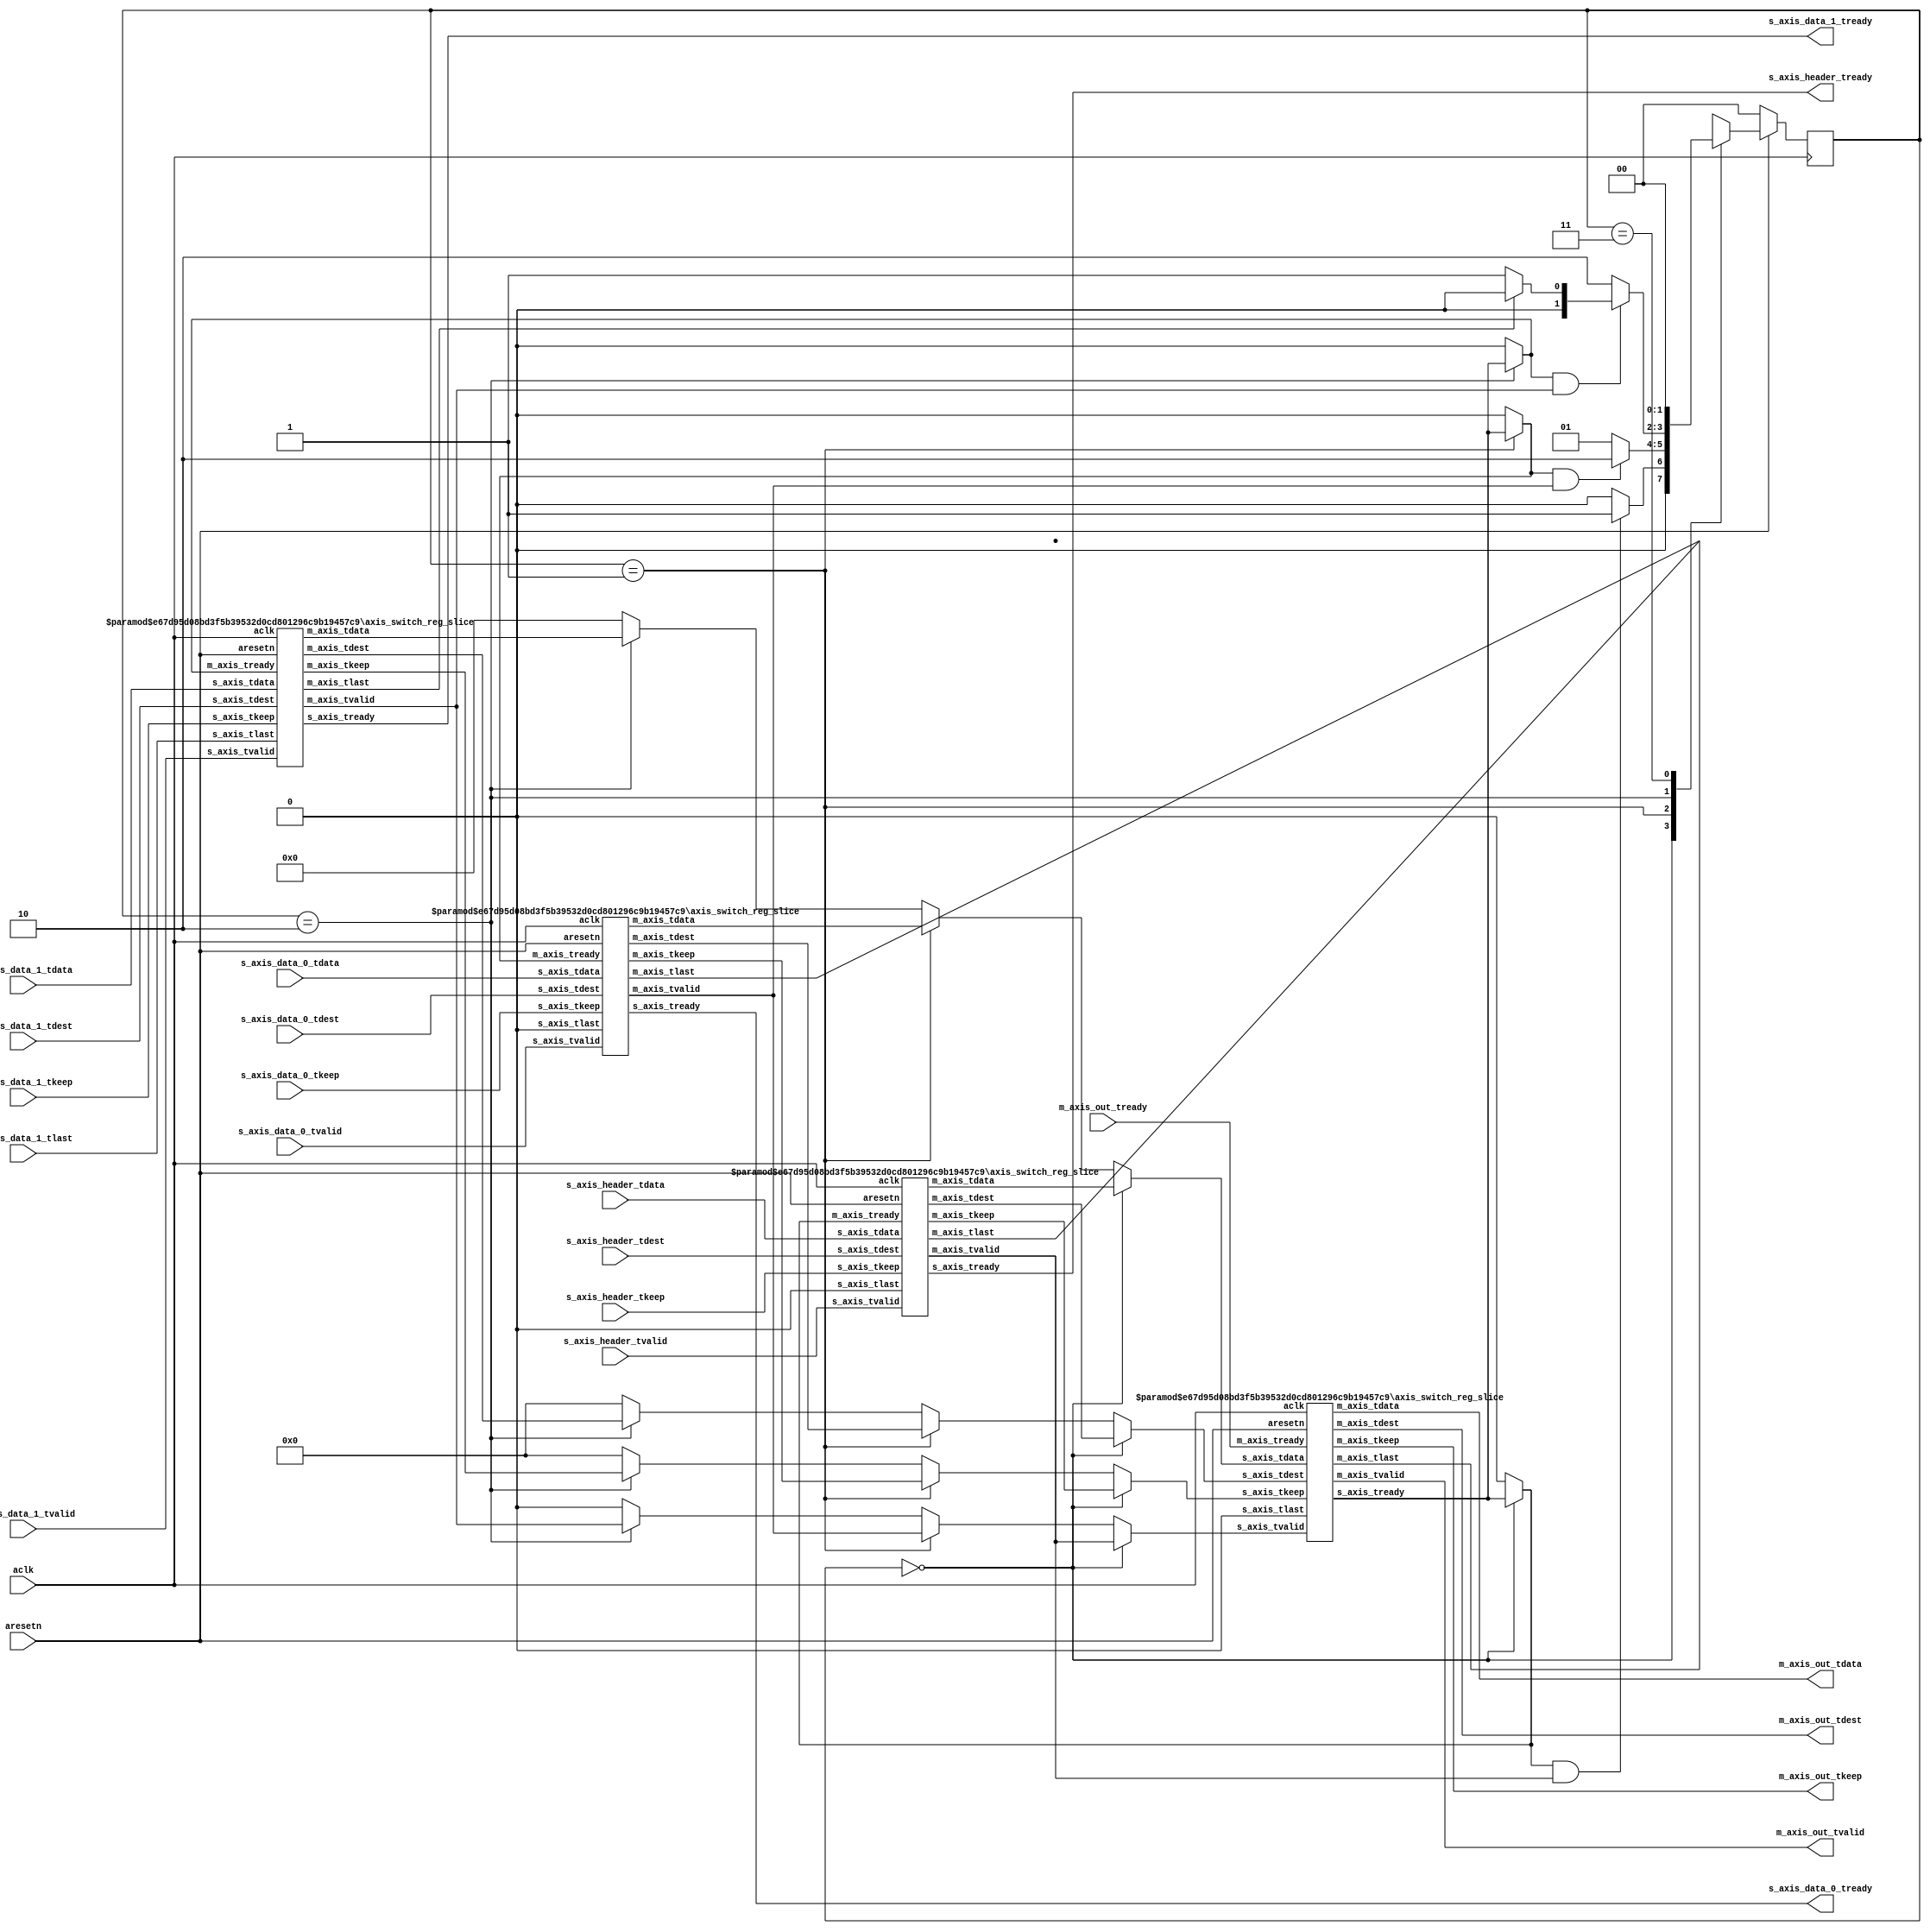
`timescale 1ns/1ps

module axis_switch #
(
  parameter DATA_WIDTH = 256,
  parameter DEST_WIDTH = 32
)
(
  input                      aclk,
  input                      aresetn,

  /*
   * AXIS Header input
   */
  input  [DATA_WIDTH  -1:0]  s_axis_header_tdata,
  input  [DATA_WIDTH/8-1:0]  s_axis_header_tkeep,
  input  [DEST_WIDTH  -1:0]  s_axis_header_tdest,
  input                      s_axis_header_tvalid,
  output                     s_axis_header_tready,

  /*
   * AXIS Data_0 input
   */
  input  [DATA_WIDTH  -1:0]  s_axis_data_0_tdata,
  input  [DATA_WIDTH/8-1:0]  s_axis_data_0_tkeep,
  input  [DEST_WIDTH  -1:0]  s_axis_data_0_tdest,
  input                      s_axis_data_0_tvalid,
  output                     s_axis_data_0_tready,

  /*
   * AXIS Data_1 input
   */
  input  [DATA_WIDTH  -1:0]  s_axis_data_1_tdata,
  input  [DATA_WIDTH/8-1:0]  s_axis_data_1_tkeep,
  input  [DEST_WIDTH  -1:0]  s_axis_data_1_tdest,
  input                      s_axis_data_1_tlast,
  input                      s_axis_data_1_tvalid,
  output                     s_axis_data_1_tready,

  /*
   * AXIS output
   */
  output [DATA_WIDTH  -1:0]  m_axis_out_tdata,
  output [DATA_WIDTH/8-1:0]  m_axis_out_tkeep,
  output [DEST_WIDTH  -1:0]  m_axis_out_tdest,
  output                     m_axis_out_tvalid,
  input                      m_axis_out_tready
);

wire [DATA_WIDTH  -1:0]  s_axis_header_tdata_int;
wire [DATA_WIDTH/8-1:0]  s_axis_header_tkeep_int;
wire [DEST_WIDTH  -1:0]  s_axis_header_tdest_int;
wire                     s_axis_header_tvalid_int;
wire                     s_axis_header_tready_int;

wire [DATA_WIDTH  -1:0]  s_axis_data_0_tdata_int;
wire [DATA_WIDTH/8-1:0]  s_axis_data_0_tkeep_int;
wire [DEST_WIDTH  -1:0]  s_axis_data_0_tdest_int;
wire                     s_axis_data_0_tvalid_int;
wire                     s_axis_data_0_tready_int;

wire [DATA_WIDTH  -1:0]  s_axis_data_1_tdata_int;
wire [DATA_WIDTH/8-1:0]  s_axis_data_1_tkeep_int;
wire [DEST_WIDTH  -1:0]  s_axis_data_1_tdest_int;
wire                     s_axis_data_1_tlast_int;
wire                     s_axis_data_1_tvalid_int;
wire                     s_axis_data_1_tready_int;

wire [DATA_WIDTH  -1:0]  m_axis_out_tdata_int;
wire [DATA_WIDTH/8-1:0]  m_axis_out_tkeep_int;
wire [DEST_WIDTH  -1:0]  m_axis_out_tdest_int;
wire                     m_axis_out_tvalid_int;
wire                     m_axis_out_tready_int;

reg  [1:0] state;

assign s_axis_header_tready_int = (state == 2'b00) ? m_axis_out_tready_int : 1'b0;
assign s_axis_data_0_tready_int = (state == 2'b01) ? m_axis_out_tready_int : 1'b0;
assign s_axis_data_1_tready_int = (state == 2'b10) ? m_axis_out_tready_int : 1'b0;

assign m_axis_out_tdata_int     = (state == 2'b00) ? s_axis_header_tdata_int  : ((state == 2'b01) ? s_axis_data_0_tdata_int  : ((state == 2'b10) ? s_axis_data_1_tdata_int  : 'b0));
assign m_axis_out_tkeep_int     = (state == 2'b00) ? s_axis_header_tkeep_int  : ((state == 2'b01) ? s_axis_data_0_tkeep_int  : ((state == 2'b10) ? s_axis_data_1_tkeep_int  : 'b0));
assign m_axis_out_tdest_int     = (state == 2'b00) ? s_axis_header_tdest_int  : ((state == 2'b01) ? s_axis_data_0_tdest_int  : ((state == 2'b10) ? s_axis_data_1_tdest_int  : 'b0));
assign m_axis_out_tvalid_int    = (state == 2'b00) ? s_axis_header_tvalid_int : ((state == 2'b01) ? s_axis_data_0_tvalid_int : ((state == 2'b10) ? s_axis_data_1_tvalid_int : 'b0));

always @(posedge aclk) begin
  if(aresetn == 1'b0) begin
    state <='b0;
  end else begin
    case(state)
      2'b00 : state <= ((s_axis_header_tready_int == 1'b1) && (s_axis_header_tvalid_int == 1'b1)) ? 2'b01 : 2'b00;
      2'b01 : state <= ((s_axis_data_0_tready_int == 1'b1) && (s_axis_data_0_tvalid_int == 1'b1)) ? 2'b10 : 2'b01;
      2'b10 : state <= ((s_axis_data_1_tready_int == 1'b1) && (s_axis_data_1_tvalid_int == 1'b1)) ? ((s_axis_data_1_tlast_int == 1'b1) ? 2'b00 : 2'b01) : 2'b10;
      2'b11 : state <= 2'b00;
    endcase
  end
end

axis_switch_reg_slice #
(
  .DATA_WIDTH (DATA_WIDTH),
  .DEST_WIDTH (DEST_WIDTH)
)
axis_switch_reg_slice_header
(
  .aclk          (aclk                    ),
  .aresetn       (aresetn                 ),
  .s_axis_tdata  (s_axis_header_tdata     ),
  .s_axis_tkeep  (s_axis_header_tkeep     ),
  .s_axis_tdest  (s_axis_header_tdest     ),
  .s_axis_tlast  (1'b0                    ),
  .s_axis_tvalid (s_axis_header_tvalid    ),
  .s_axis_tready (s_axis_header_tready    ),
  .m_axis_tdata  (s_axis_header_tdata_int ),
  .m_axis_tkeep  (s_axis_header_tkeep_int ),
  .m_axis_tdest  (s_axis_header_tdest_int ),
  .m_axis_tlast  (                        ),
  .m_axis_tvalid (s_axis_header_tvalid_int),
  .m_axis_tready (s_axis_header_tready_int)
);

axis_switch_reg_slice #
(
  .DATA_WIDTH (DATA_WIDTH),
  .DEST_WIDTH (DEST_WIDTH)
)
axis_switch_reg_slice_data_0
(
  .aclk          (aclk                    ),
  .aresetn       (aresetn                 ),
  .s_axis_tdata  (s_axis_data_0_tdata     ),
  .s_axis_tkeep  (s_axis_data_0_tkeep     ),
  .s_axis_tdest  (s_axis_data_0_tdest     ),
  .s_axis_tlast  (1'b0                    ),
  .s_axis_tvalid (s_axis_data_0_tvalid    ),
  .s_axis_tready (s_axis_data_0_tready    ),
  .m_axis_tdata  (s_axis_data_0_tdata_int ),
  .m_axis_tkeep  (s_axis_data_0_tkeep_int ),
  .m_axis_tdest  (s_axis_data_0_tdest_int ),
  .m_axis_tlast  (                        ),
  .m_axis_tvalid (s_axis_data_0_tvalid_int),
  .m_axis_tready (s_axis_data_0_tready_int)
);

axis_switch_reg_slice #
(
  .DATA_WIDTH (DATA_WIDTH),
  .DEST_WIDTH (DEST_WIDTH)
)
axis_switch_reg_slice_data_1
(
  .aclk          (aclk                    ),
  .aresetn       (aresetn                 ),
  .s_axis_tdata  (s_axis_data_1_tdata     ),
  .s_axis_tkeep  (s_axis_data_1_tkeep     ),
  .s_axis_tdest  (s_axis_data_1_tdest     ),
  .s_axis_tlast  (s_axis_data_1_tlast     ),
  .s_axis_tvalid (s_axis_data_1_tvalid    ),
  .s_axis_tready (s_axis_data_1_tready    ),
  .m_axis_tdata  (s_axis_data_1_tdata_int ),
  .m_axis_tkeep  (s_axis_data_1_tkeep_int ),
  .m_axis_tdest  (s_axis_data_1_tdest_int ),
  .m_axis_tlast  (s_axis_data_1_tlast_int ),
  .m_axis_tvalid (s_axis_data_1_tvalid_int),
  .m_axis_tready (s_axis_data_1_tready_int)
);

axis_switch_reg_slice #
(
  .DATA_WIDTH (DATA_WIDTH),
  .DEST_WIDTH (DEST_WIDTH)
)
axis_switch_reg_slice_out
(
  .aclk          (aclk                  ),
  .aresetn       (aresetn               ),
  .s_axis_tdata  (m_axis_out_tdata_int  ),
  .s_axis_tkeep  (m_axis_out_tkeep_int  ),
  .s_axis_tdest  (m_axis_out_tdest_int  ),
  .s_axis_tlast  (1'b0                  ),
  .s_axis_tvalid (m_axis_out_tvalid_int ),
  .s_axis_tready (m_axis_out_tready_int ),
  .m_axis_tdata  (m_axis_out_tdata      ),
  .m_axis_tkeep  (m_axis_out_tkeep      ),
  .m_axis_tdest  (m_axis_out_tdest      ),
  .m_axis_tlast  (                      ),
  .m_axis_tvalid (m_axis_out_tvalid     ),
  .m_axis_tready (m_axis_out_tready     )
);

endmodule

module axis_switch_reg_slice #
(
    parameter DATA_WIDTH = 256,
    parameter DEST_WIDTH = 32
)
(
  input                     aclk,
  input                     aresetn,

  input  [DATA_WIDTH  -1:0] s_axis_tdata,
  input  [DATA_WIDTH/8-1:0] s_axis_tkeep,
  input  [DEST_WIDTH  -1:0] s_axis_tdest,
  input                     s_axis_tlast,
  input                     s_axis_tvalid,
  output                    s_axis_tready,

  output [DATA_WIDTH  -1:0] m_axis_tdata,
  output [DATA_WIDTH/8-1:0] m_axis_tkeep,
  output [DEST_WIDTH  -1:0] m_axis_tdest,
  output                    m_axis_tlast,
  output                    m_axis_tvalid,
  input                     m_axis_tready
);

reg  [511:0] tdata_r[1:0];
reg  [ 63:0] tkeep_r[1:0];
reg  [511:0] tdest_r[1:0];
reg  [  1:0] tlast_r;
reg  [  1:0] status_r;
reg          write_tgl_r;
reg          read_tgl_r;
wire         wr_en_w;
wire         rd_en_w;

assign s_axis_tready = (status_r != 2'b11) ? 1'b1 : 1'b0;
assign wr_en_w  = ((status_r != 2'b11) && (s_axis_tvalid == 1'b1)) ? 1'b1 : 1'b0;
assign rd_en_w  = ((status_r[read_tgl_r] == 1'b1) && (m_axis_tready == 1'b1)) ? 1'b1 : 1'b0;

assign m_axis_tdata  = tdata_r[read_tgl_r];
assign m_axis_tkeep  = tkeep_r[read_tgl_r];
assign m_axis_tdest  = tdest_r[read_tgl_r];
assign m_axis_tlast  = tlast_r[read_tgl_r];
assign m_axis_tvalid = (status_r[read_tgl_r] == 1'b1) ? 1'b1 : 1'b0;

always @(posedge aclk) begin
  if(aresetn == 1'b0) begin
    tdata_r[0]  <= 'b0;
    tdata_r[1]  <= 'b0;
    tkeep_r[0]  <= 'b0;
    tkeep_r[1]  <= 'b0;
    tdest_r[0]  <= 'b0;
    tdest_r[1]  <= 'b0;
    tlast_r[0]  <= 'b0;
    tlast_r[1]  <= 'b0;
    status_r    <= 'b0;
    write_tgl_r <= 'b0;
    read_tgl_r  <= 'b0;
  end else begin
    if(wr_en_w == 1'b1) begin
      tdata_r[write_tgl_r]  <= s_axis_tdata;
      tkeep_r[write_tgl_r]  <= s_axis_tkeep;
      tdest_r[write_tgl_r]  <= s_axis_tdest;
      tlast_r[write_tgl_r]  <= s_axis_tlast;
      status_r[write_tgl_r] <= 1'b1;
      write_tgl_r <= ~write_tgl_r;
    end

    if(rd_en_w == 1'b1) begin
      status_r[read_tgl_r] <= 1'b0;
      read_tgl_r <= ~read_tgl_r;
    end
  end
end

endmodule